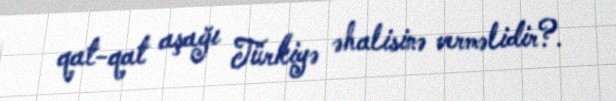
qat-qat aşağı Türkiyə əhalisinə verməlidir?.